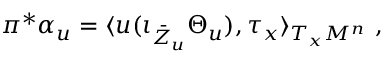
\pi ^ { * } \alpha _ { u } = \langle u ( \iota _ { \bar { Z } _ { u } } \Theta _ { u } ) , \tau _ { x } \rangle _ { T _ { x } M ^ { n } } \ ,